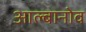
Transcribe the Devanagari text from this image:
आल्बानोव